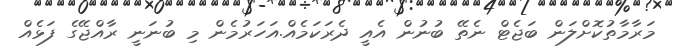
މަރާމާތުކޮށްލަން ބަޖެޓް ނެތޭ ބުނުން އެއީ ދެރަކަމެއް.އަހަރުމެން މި ބުނަނީ ރާއްޖޭގެ ފަޅެއް